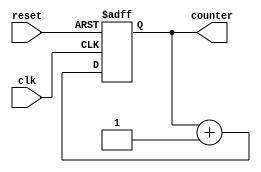
module vinisha_3bit_counter(input clk, reset, output[2:0] counter);
reg [2:0] counter_up;
always @(negedge clk or posedge reset)
begin
if(reset)
 counter_up <= 3'd0;
else
 counter_up <= counter_up + 3'd1;
end 
assign counter = counter_up;
endmodule